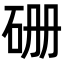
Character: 𥑬